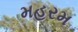
મહરમ